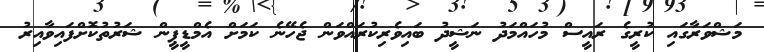
މަޝްވަރާގައި ކުރީގެ ރައީސް މުހައްމަދު ނަޝީދު ބައިވެރިކުރައްވަން ޖެހޭނެ ކަަމަށް އެމްޑީޕީން ޝަރުތުކޮށްފައިވާއިރު